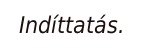
Indíttatás.